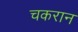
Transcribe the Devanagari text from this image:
चकरान